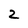
Character: 2